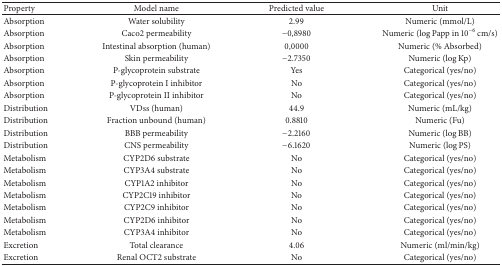
<table><thead><tr><td><b>Property</b></td><td><b>Model name</b></td><td><b>Predicted value</b></td><td><b>Unit</b></td></tr></thead><tbody><tr><td>Absorption</td><td>Water solubility</td><td>2.99</td><td>Numeric (mmol/L)</td></tr><tr><td>Absorption</td><td>Caco2 permeability</td><td>−0,8980</td><td>Numeric (log Papp in 10<sup>−6</sup> cm/s)</td></tr><tr><td>Absorption</td><td>Intestinal absorption (human)</td><td>0,0000</td><td>Numeric (% Absorbed)</td></tr><tr><td>Absorption</td><td>Skin permeability</td><td>−2.7350</td><td>Numeric (log Kp)</td></tr><tr><td>Absorption</td><td>P-glycoprotein substrate</td><td>Yes</td><td>Categorical (yes/no)</td></tr><tr><td>Absorption</td><td>P-glycoprotein I inhibitor</td><td>No</td><td>Categorical (yes/no)</td></tr><tr><td>Absorption</td><td>P-glycoprotein II inhibitor</td><td>No</td><td>Categorical (yes/no)</td></tr><tr><td>Distribution</td><td>VDss (human)</td><td>44.9</td><td>Numeric (mL/kg)</td></tr><tr><td>Distribution</td><td>Fraction unbound (human)</td><td>0.8810</td><td>Numeric (Fu)</td></tr><tr><td>Distribution</td><td>BBB permeability</td><td>−2.2160</td><td>Numeric (log BB)</td></tr><tr><td>Distribution</td><td>CNS permeability</td><td>−6.1620</td><td>Numeric (log PS)</td></tr><tr><td>Metabolism</td><td>CYP2D6 substrate</td><td>No</td><td>Categorical (yes/no)</td></tr><tr><td>Metabolism</td><td>CYP3A4 substrate</td><td>No</td><td>Categorical (yes/no)</td></tr><tr><td>Metabolism</td><td>CYP1A2 inhibitor</td><td>No</td><td>Categorical (yes/no)</td></tr><tr><td>Metabolism</td><td>CYP2C19 inhibitor</td><td>No</td><td>Categorical (yes/no)</td></tr><tr><td>Metabolism</td><td>CYP2C9 inhibitor</td><td>No</td><td>Categorical (yes/no)</td></tr><tr><td>Metabolism</td><td>CYP2D6 inhibitor</td><td>No</td><td>Categorical (yes/no)</td></tr><tr><td>Metabolism</td><td>CYP3A4 inhibitor</td><td>No</td><td>Categorical (yes/no)</td></tr><tr><td>Excretion</td><td>Total clearance</td><td>4.06</td><td>Numeric (ml/min/kg)</td></tr><tr><td>Excretion</td><td>Renal OCT2 substrate</td><td>No</td><td>Categorical (yes/no)</td></tr></tbody></table>